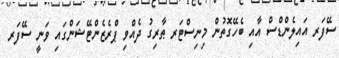
ސޭފަރ އައިލެންޑްސް އާއި ބެހޭގޮތުން މިނިސްޓަރ ޠާރިގު ދެއްވި ޕްރެޒެންޓޭޝަންގައި ވަނީ ސޭފަރ